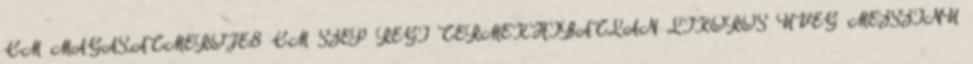
CM MAGAS,ÁTMÉRÖJE:8 CM SZÉP RÉGI TERMÉK.HIBÁTLAN LIKÖRÖS ÜVEG MÉZSZINÜ